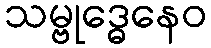
သမ္ဗုဒ္ဓေနေဝ